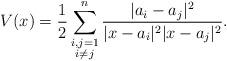
LaTeX: \begin{align*}V(x)=\frac{1}{2}\sum_{\substack{i,j=1\\ i\ne j}}^{n}\frac{|a_i-a_j|^2}{|x-a_i|^2|x-a_j|^2}.\end{align*}